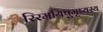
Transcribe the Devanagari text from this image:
रिरमयिषुमृष्यस्य